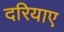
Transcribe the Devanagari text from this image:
दरियाए